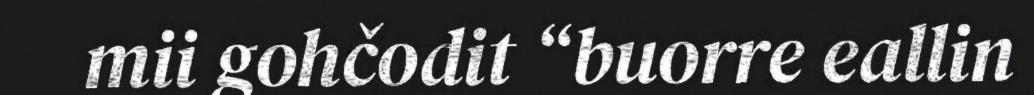
mii gohčodit “buorre eallin